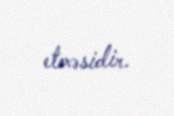
etməsidir.